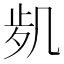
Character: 𠙑